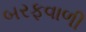
બરફવાળી